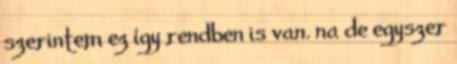
szerintem ez így rendben is van. na de egyszer